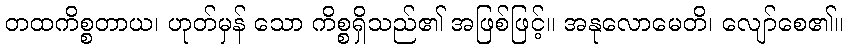
တထကိစ္စတာယ၊ ဟုတ်မှန် သော ကိစ္စရှိသည်၏ အဖြစ်ဖြင့်။ အနုလောမေတိ၊ လျော်စေ၏။